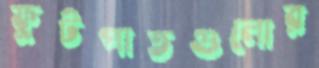
ফুটপাতগুলোর